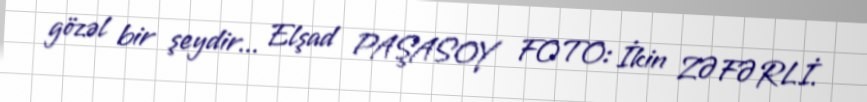
gözəl bir şeydir... Elşad PAŞASOY FOTO: İkin ZƏFƏRLİ.